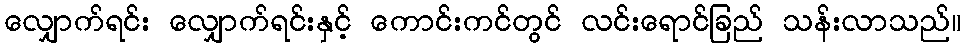
လျှောက်ရင်း လျှောက်ရင်းနှင့် ကောင်းကင်တွင် လင်းရောင်ခြည် သန်းလာသည်။